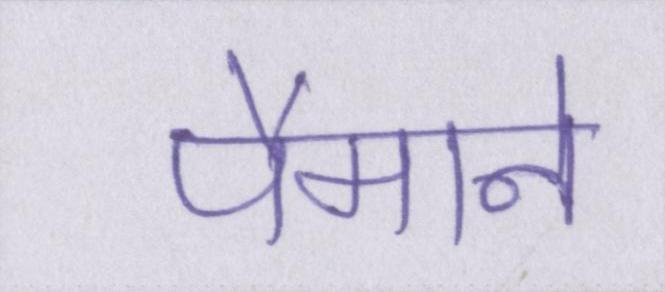
पैमाने